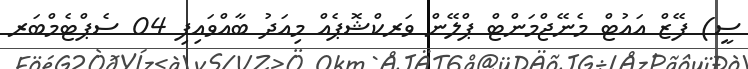
ސީ) ފޭޒް އައުޓް މެނޭޖްމަންޓް ޕްލޭން ވަރކްޝޮޕެއް މިއަދު ބާއްވައިފި 04 ސެޕްޓެމްބަރ